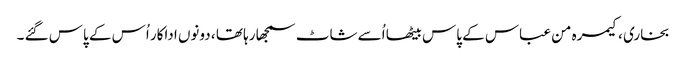
بخاری ، کیمرہ من عباس کے پاس بیٹھا اُسے شاٹ سمجھا رہا تھا ، دونوں اداکار اُس کے پاس گئے ۔